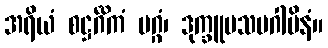
အရိယံ စဋ္ဌင်္ဂိကံ မဂ္ဂံ၊ ဒုက္ခူပသမဂါမိနံ။